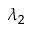
\lambda _ { 2 }